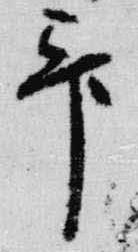
畢